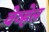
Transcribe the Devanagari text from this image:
वेव्हेल